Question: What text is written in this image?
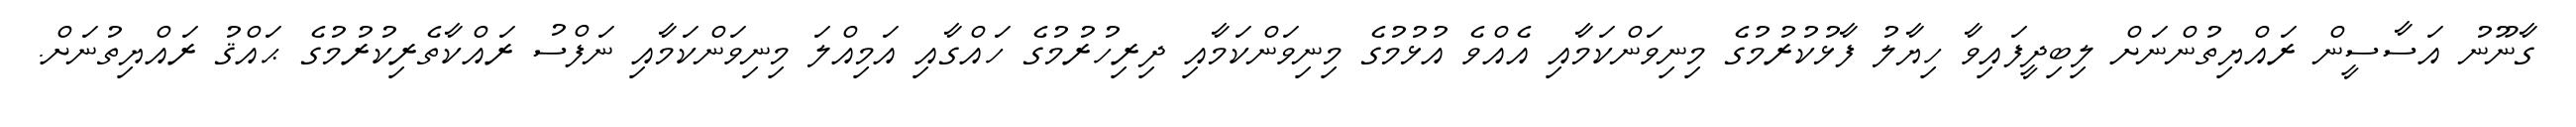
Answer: ގާނޫނު އަސާސީން ރައްޔިތުންނަށް ލިބިދީފައިވާ ހިޔާލު ފާޅުކުރުމުގެ މިނިވަންކަމާއި އެއްވެ އުޅުމުގެ މިނިވަންކަމާއި ދިރިހުރުމުގެ ހައްގާއި އަމިއްލަ މިނިވަންކަމާއި ނަފްސު ރައްކާތެރިކުރުމުގެ ޙައްޤު ރައްޔިތުނަށް.